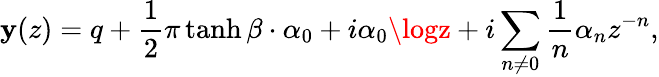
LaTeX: \mathbf{y}(z)=q+\frac{{1}}{{2}}\pi\operatorname{tanh}\beta\cdot\alpha_{0}+i\alpha_{0}\logz+i\sum_{n\neq0}\frac{{1}}{{n}}\alpha_{n}z^{-n},